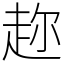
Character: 趂